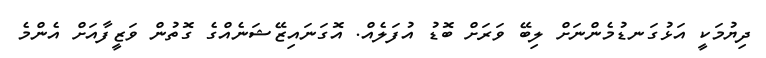
ދިޔުމަކީ އަޅުގަނޑުމެންނަށް ލިބޭ ވަރަށް ބޮޑު އުފަލެއް. އޮގަނައިޒޭޝަނެއްގެ ގޮތުން ވަޒީފާއަށް އެންމެ